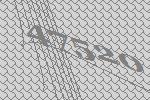
47520